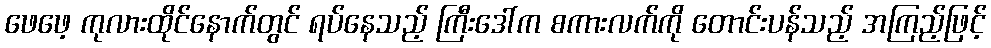
ဖေဖေ့ ကုလားထိုင်နောက်တွင် ရပ်နေသည့် ကြီးဒေါ်က စကားလက်ကို တောင်းပန်သည့် အကြည့်ဖြင့်